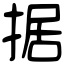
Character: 据